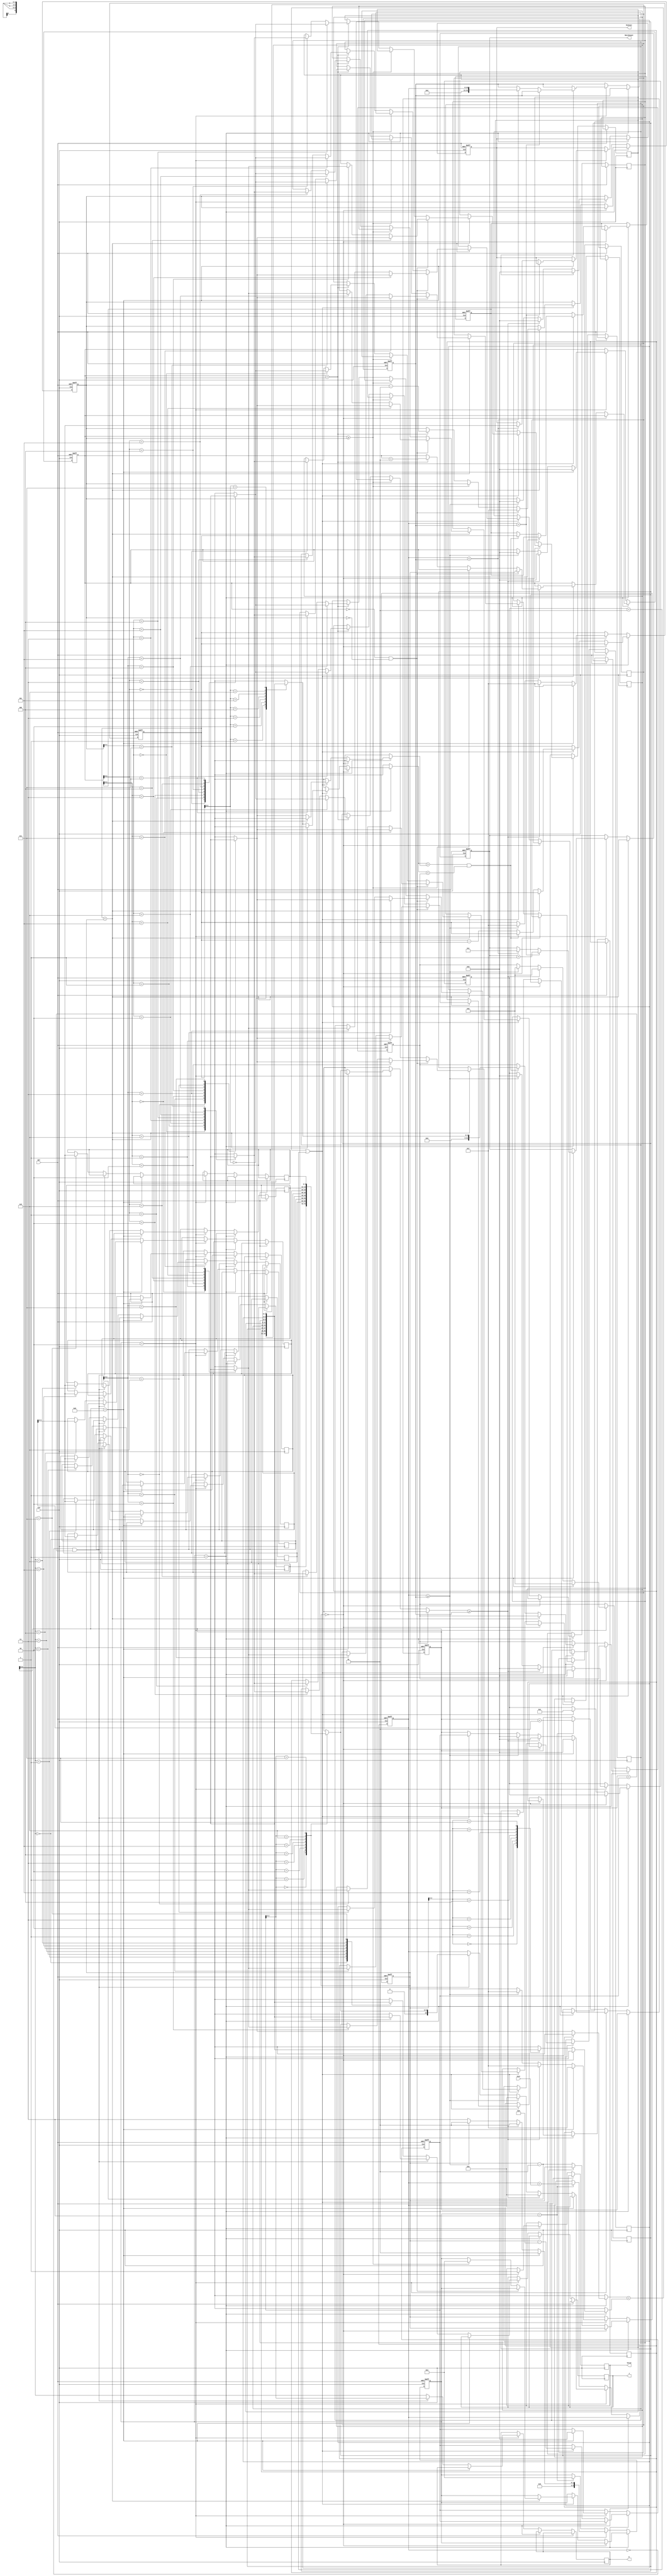
module JAM(
input CLK,
input RST,
output reg [2:0] W,
output reg [2:0] J,
input [6:0] Cost,
output reg [3:0] MatchCount,
output reg [9:0] MinCost,
output reg Valid );


integer i;

reg [5:0]state;
reg [2:0]num[0:7];
integer t;
integer n;
integer j;
integer k;
integer a;
integer min;
integer b;
integer r;
integer w;
integer o;
reg [10:0]cost;
reg [9:0]ca[7:0];


initial begin
    $dumpfile("JAM.vcd");
    $dumpvars(0, testfixture);
    for(i = 0; i < 8; i = i+1)
	 begin
        $dumpvars(1, num[i]);
        num[i]<=i;
        ca[i]<=0;
	 end
end

always @(posedge CLK or posedge RST) 
begin
    if(RST)
    begin
        state <= 2;
        i<=7;
        j<=7;
        MatchCount <= 0;
        MinCost <= 0;
        t<=8;
        k<=7;
        a<=0;
        b<=0;
        w<=0;
        o<=0;
        r<=0;
        cost<=0;
        min <= 1024;
    end
    else if( state == 1 )
    begin
    	if( j == 0 ) Valid<=1;
    	else if( num[j-1] < num[j] || r==1 )
    	begin
    		r<=1;
    		o<=j-2;
			if( i < j )
			begin
				if( a==0 & b ==0 )
				begin
					a<=j;
					b<=7;
					num[j-1]<=num[k];
					num[k]<=num[j-1];
				end
				else if( a >= b ) state<=2;
				else if( a < b )
				begin
					num[a]<=num[b];
					num[b]<=num[a]; 
					a<=a+1;
					b<=b-1;
				end
			end
    		else if( num[i] > num[j-1] && num[i] < t)
    		begin
    			t <= num[i];
    			k<=i;
    		end
    		else i<=i-1;
    	end
    	else j<=j-1;
    end
    else if( state == 2 )
    begin
		if( w == 8 )
		begin 
			if( cost == min ) 
			begin
				MatchCount <= MatchCount+1;
			end
			else if( cost < min )
			begin
				MinCost <=cost; 
				min<=cost;
				MatchCount<=1;
			end
			state<=1;
			j<=7;
			i<=7;
			a<=0;
			b<=0;
			t<=8;
			w<=0;
			o<=0;
			r<=0;
			cost<=0;
		end
		else
		begin
			if(!cost && w < o)
			begin
				W<=o;
				w<=o;
				J<=num[o];
				cost<=ca[o];
			end
			else
			begin
				W<=w;
				J<=num[w];
				ca[w] <= cost;
			end
			if( ca[o] >= min )
			begin
					state<=1;
					j<=7;
					i<=7;
					a<=0;
					b<=0;
					t<=8;
					w<=0;
					r<=0;
					cost<=0;
			end
			else if( cost >= min )
			begin
					state<=1;
					j<=7;
					i<=7;
					a<=0;
					b<=0;
					t<=8;
					w<=0;
					r<=0;
					cost<=0;
			end
			else state<=3;
		end
    end
    else if( state == 3 )
    begin
		cost<=cost+Cost;
		w<=w+1;
		state<=2;
    end
    	
end

endmodule